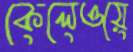
কেলেওয়ে